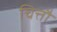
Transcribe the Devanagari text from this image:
चित्तौ